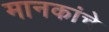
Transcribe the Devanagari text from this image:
मानकांचे